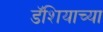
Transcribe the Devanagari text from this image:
डॅशियाच्या